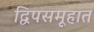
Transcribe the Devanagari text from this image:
द्विपसमूहात